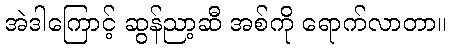
အဲဒါကြောင့် ဆွန်ညာ့ဆီ အစ်ကို ရောက်လာတာ။